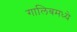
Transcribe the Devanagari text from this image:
गालिबमध्ये